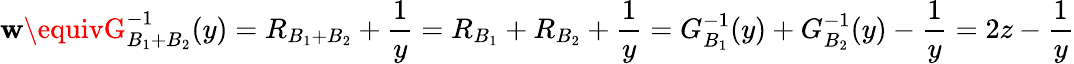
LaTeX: \mathbf{w}\equivG_{B_{1}+B_{2}}^{-1}(y)=R_{B_{1}+B_{2}}+\frac{{1}}{{y}}=R_{B_{1}}+R_{B_{2}}+\frac{{1}}{{y}}=G_{B_{1}}^{-1}(y)+G_{B_{2}}^{-1}(y)-\frac{{1}}{{y}}=2z-\frac{{1}}{{y}}